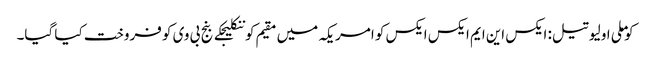
کوملی اولیو تیل: ایکس این ایم ایکس ایکس کو امریکہ میں مقیم کوننکلیجکے بنج بی وی کو فروخت کیا گیا۔